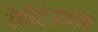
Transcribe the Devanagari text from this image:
रेसॉर्टजवळ